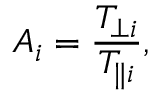
A _ { i } = \frac { T _ { \perp i } } { T _ { \parallel i } } ,